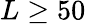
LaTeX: L\ge 50